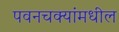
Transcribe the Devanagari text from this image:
पवनचक्यांमधील